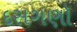
દસગણો